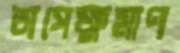
অপেক্ষমাণ